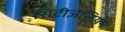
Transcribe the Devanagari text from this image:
सिटीज़ेन्डियम